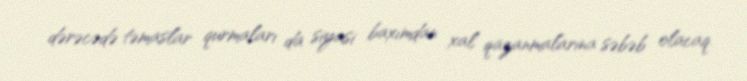
dərəcədə təmaslar qurmaları da siyasi baxımdan xal qazanmalarına səbəb olacaq.